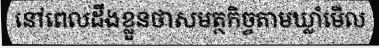
នៅពេលដឹងខ្លួនថាសមត្ថកិច្ចតាមឃ្លាំមើល